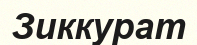
Зиккурат